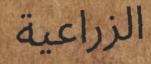
الزراعیة